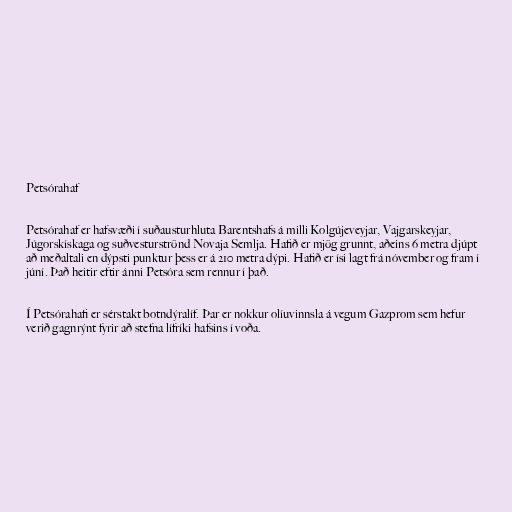
Petsórahaf

Petsórahaf er hafsvæði í suðausturhluta Barentshafs á milli Kolgújeveyjar, Vajgarskeyjar,
Júgorskískaga og suðvesturströnd Novaja Semlja. Hafið er mjög grunnt, aðeins 6 metra djúpt
að meðaltali en dýpsti punktur þess er á 210 metra dýpi. Hafið er ísi lagt frá nóvember og fram í
júní. Það heitir eftir ánni Petsóra sem rennur í það.

Í Petsórahafi er sérstakt botndýralíf. Þar er nokkur olíuvinnsla á vegum Gazprom sem hefur
verið gagnrýnt fyrir að stefna lífríki hafsins í voða.